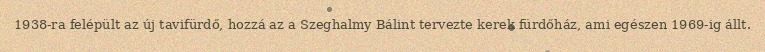
1938-ra felépült az új tavifürdő, hozzá az a Szeghalmy Bálint tervezte kerek fürdőház, ami egészen 1969-ig állt.